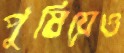
পুষিয়েও